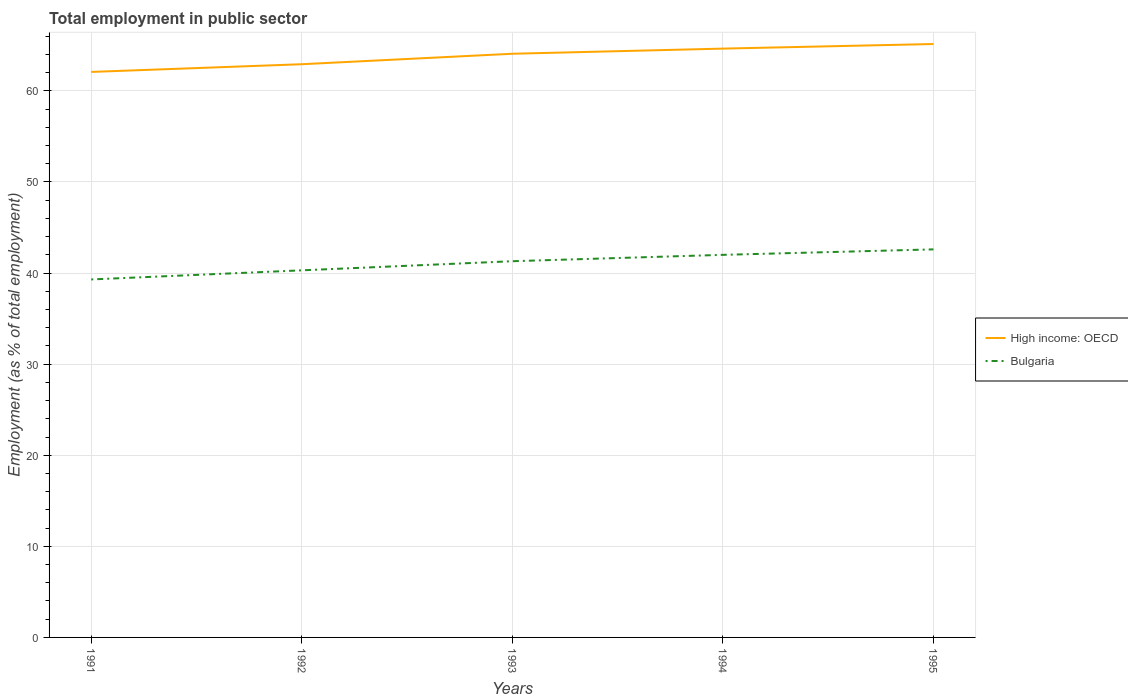
| Years | High income: OECD | Bulgaria |
 | --- | --- | --- |
 | 1991 | 62.1 | 39.3 |
 | 1992 | 62.9 | 40.3 |
 | 1993 | 64.1 | 41.3 |
 | 1994 | 64.6 | 42 |
 | 1995 | 65.1 | 42.6 |